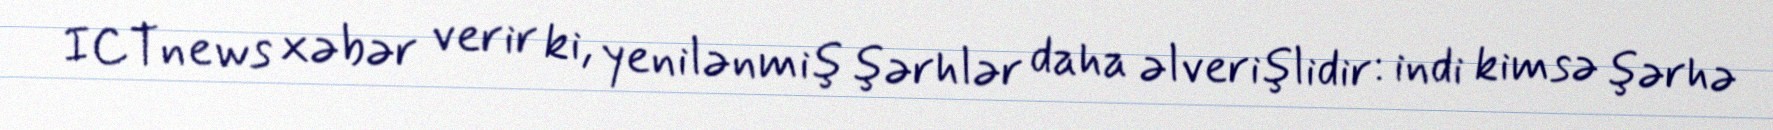
ICTnews xəbər verir ki, yenilənmiş şərhlər daha əlverişlidir: indi kimsə şərhə